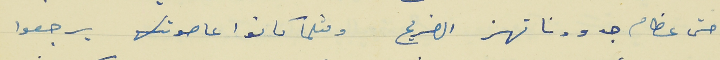
حتى عظام جدودنا تهز الضريح                           ومثلما كانوا عا صوتك يرجعوا